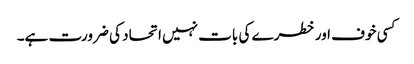
کسی خوف اور خطرے کی بات نہیں اتحاد کی ضرورت ہے۔